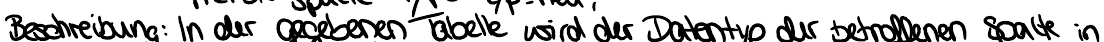
Beschreibung: In der angegebenen Tabelle wird der Datentyp der betroffenen Spalte in